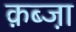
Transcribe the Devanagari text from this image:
क़ब्जा़